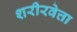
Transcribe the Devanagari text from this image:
शरीरवेत्ता